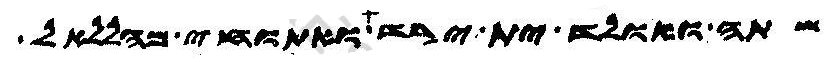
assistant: שתה ואולד ית ירד ואתוחי מהללאל